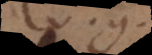
et g